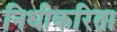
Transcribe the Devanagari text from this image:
निधीकरिता